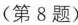
(第8题)